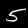
Label: 5